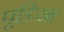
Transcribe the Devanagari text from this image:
पूडिया